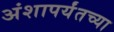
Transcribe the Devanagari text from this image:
अंशापर्यंतच्या